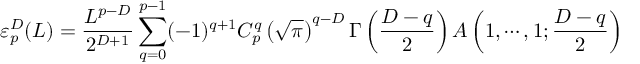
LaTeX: \varepsilon _ { p } ^ { D } ( L ) = \frac { L ^ { p - D } } { 2 ^ { D + 1 } } \sum _ { q = 0 } ^ { p - 1 } ( - 1 ) ^ { q + 1 } C _ { p } ^ { q } \left( \sqrt { \pi } \right) ^ { q - D } \Gamma \left( \frac { D - q } { 2 } \right) A \left( 1 , \cdots , 1 ; \frac { D - q } { 2 } \right)